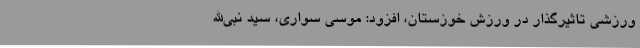
ورزشی تاثیرگذار در ورزش خوزستان، افزود: موسی سواری، سید نبی‌الله